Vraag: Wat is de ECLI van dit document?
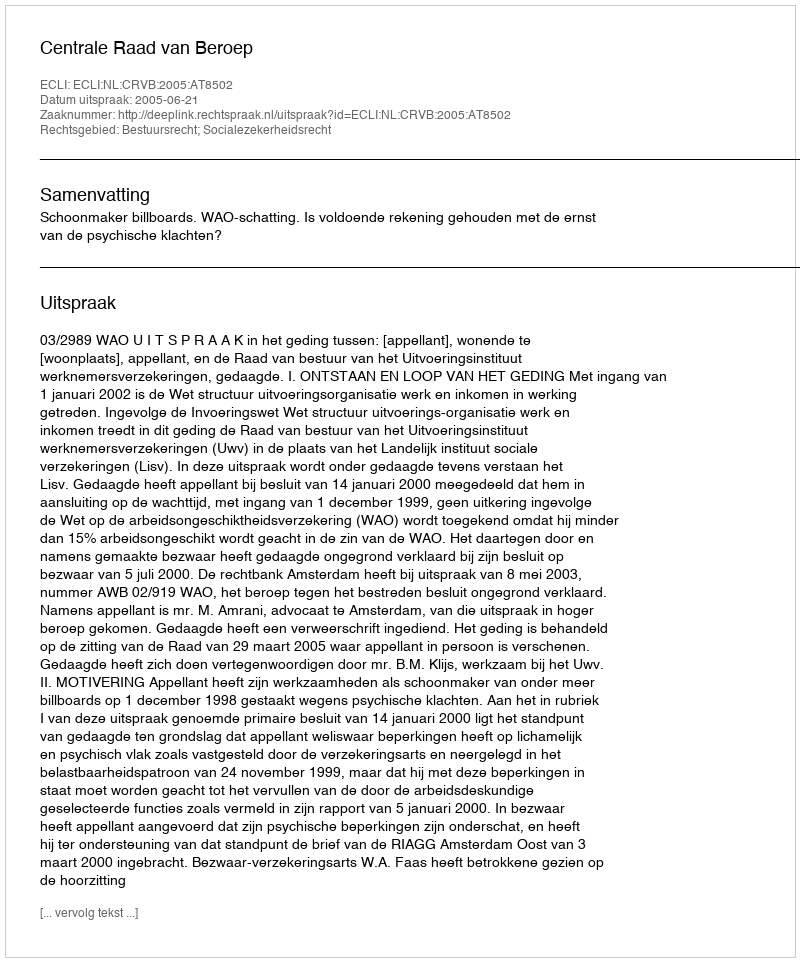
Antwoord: ECLI:NL:CRVB:2005:AT8502